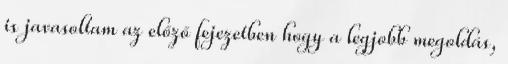
is javasoltam az előző fejezetben hogy a legjobb megoldás,